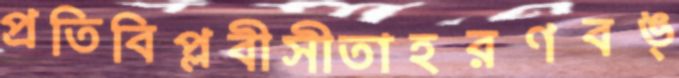
প্রতিবিপ্লবীসীতাহরণবঙ্